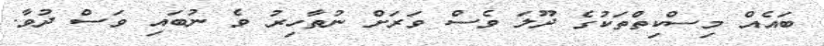
ބައެއް މިސްކިތްތަކުގެ ދޫލަ ވެސް ވަރަށް ނުތާހިރު ވެ ނުބައި ވަސް ދުވާ.